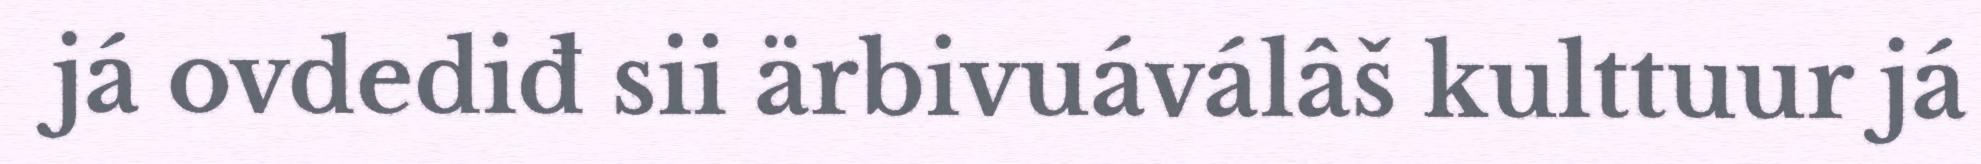
já ovdediđ sii ärbivuáválâš kulttuur já